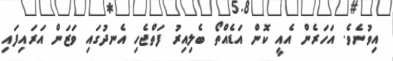
އިވުނެވެ. އަހަރެން އެއީ ކޮން އަޑެއްތޯ ބެލިއިރު ފަތްޖެހި އެނދުގައި ވަޒަން އަރައިފައި